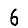
Digit: 6